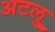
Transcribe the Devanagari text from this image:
अटलु